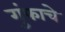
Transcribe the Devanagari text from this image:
गुंफाचे